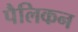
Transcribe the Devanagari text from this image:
पैलिकन